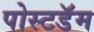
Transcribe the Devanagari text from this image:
पोस्टडॅम